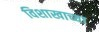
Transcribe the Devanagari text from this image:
विशाखाच्या